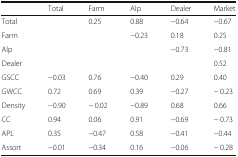
|  | Total | Farm | Alp | Dealer | Market |
 | --- | --- | --- | --- | --- | --- |
 | Total |  | 0.25 | 0.88 | −0.64 | −0.67 |
 | Farm |  |  | −0.23 | 0.18 | 0.25 |
 | Alp |  |  |  | −0.73 | −0.81 |
 | Dealer |  |  |  |  | 0.52 |
 | GSCC | −0.03 | 0.76 | −0.40 | 0.29 | 0.40 |
 | GWCC | 0.72 | 0.69 | 0.39 | −0.27 | − 0.23 |
 | Density | −0.90 | − 0.02 | −0.89 | 0.68 | 0.66 |
 | CC | 0.94 | 0.06 | 0.91 | −0.69 | − 0.73 |
 | APL | 0.35 | −0.47 | 0.58 | −0.41 | −0.44 |
 | Assort | −0.01 | −0.34 | 0.16 | −0.06 | − 0.28 |